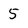
Character: 5